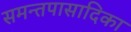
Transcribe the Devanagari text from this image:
समन्तपासादिका